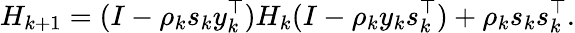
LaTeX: H_{k+1}=(I-\rho_{k}s_{k}y_{k}^{\top})H_{k}(I-\rho_{k}y_{k}s_{k}^{\top})+\rho_{k}s_{k}s_{k}^{\top}.